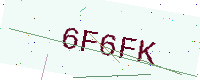
Text: 6F6FK